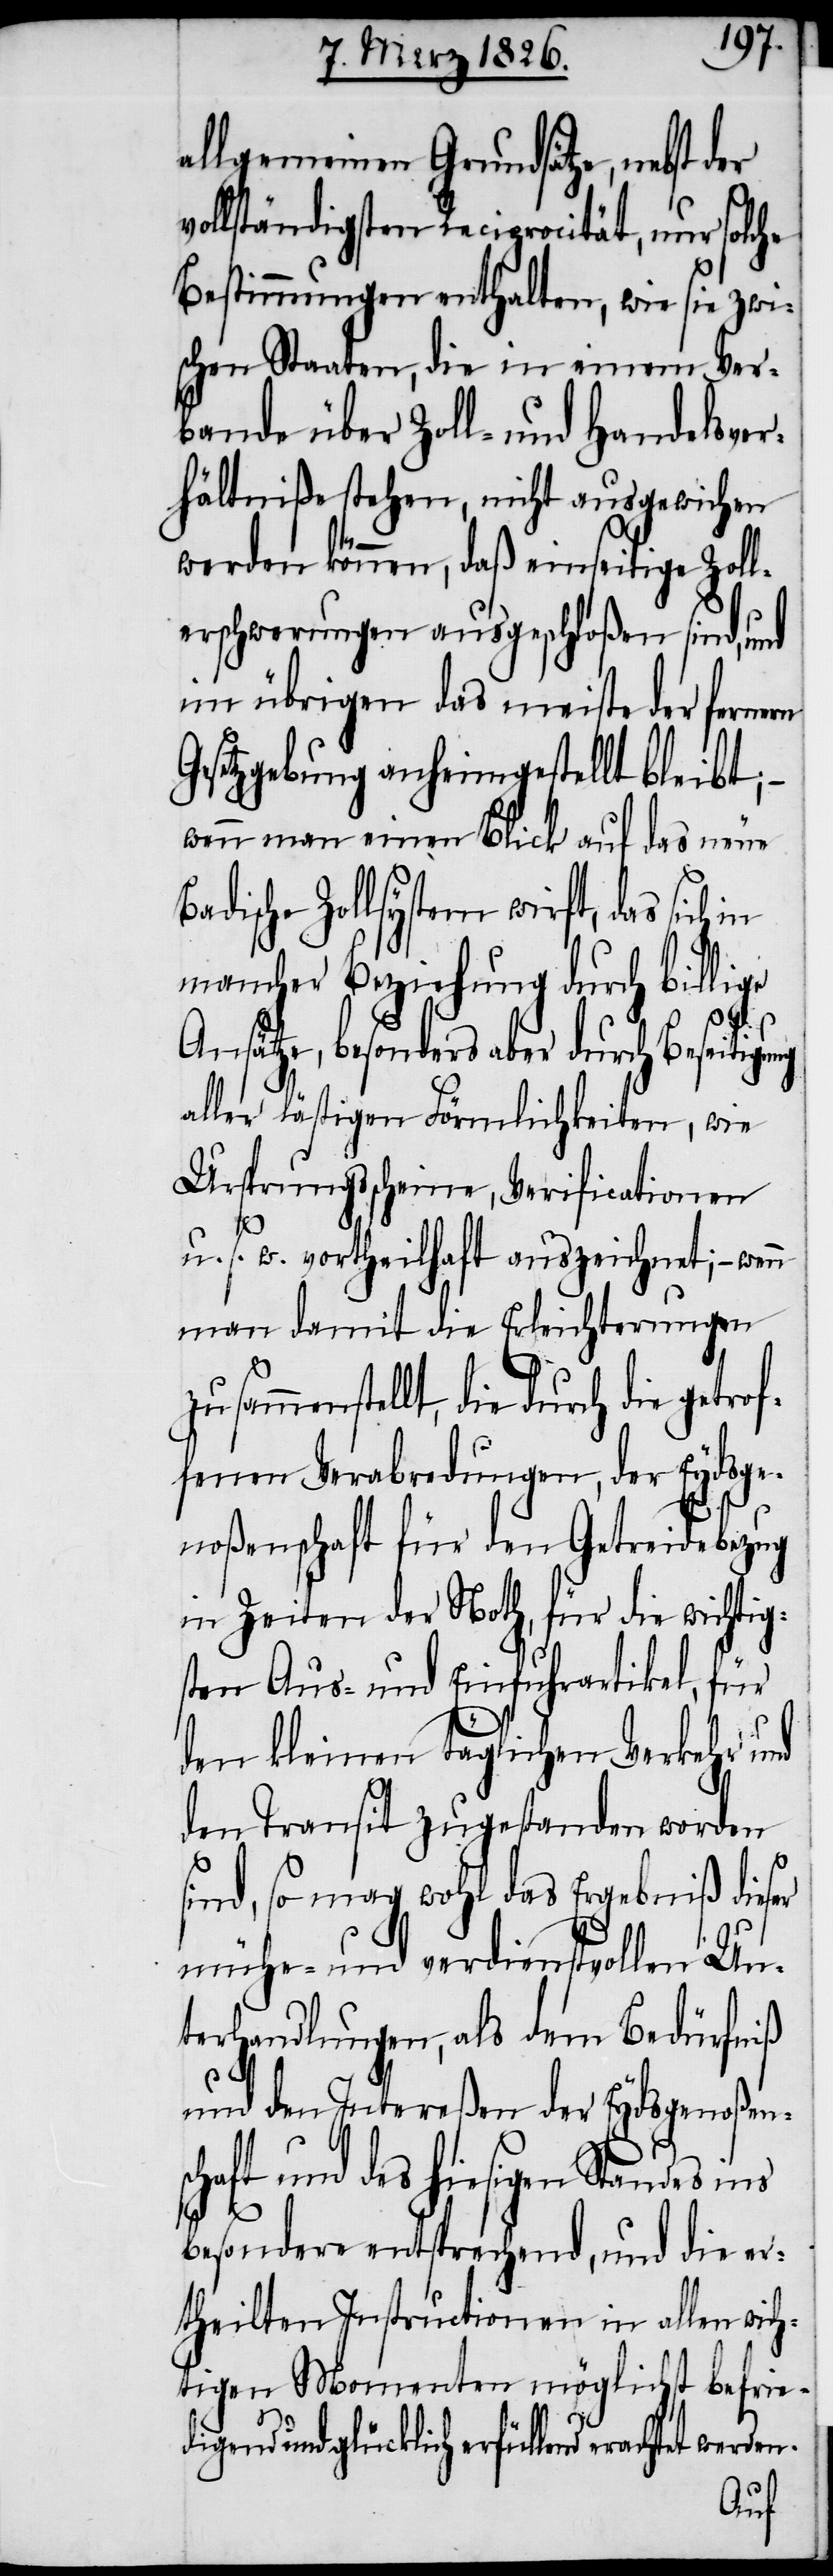
allgemeinen Grundsätze, nebst der
vollständigsten Reciprocität, nur solche
Bestimmungen enthalten, wie sie zwi¬
schen Staaten, die in einem Ver¬
bande über Zoll- und Handelsver¬
hältniße stehen, nicht ausgewichen
werden können, daß einseitige Zol¬
lerschwerungen ausgeschloßen sind, und
im übrigen das meiste der fernern
Gesetzgebung anheimgestellt bleibt;
wenn man einen Blick auf das neue
adische Zollsystem wirft, das sich
mancher Beziehung durch billige
ung
Ansätze, besonders aber durch Beseitig¬
aller lästigen Förmlichkeiten, wie
Ursprungsscheine, Verificationen
u. s. w. vortheilhaft auszeichnet; – wen¬
man damit die Erleichterungen
die durch die getrof¬
fenen Verabredungen, der Eydsge¬
noßenschaft für den Getreidebezug
in Zeiten der Noth, für die wichtig¬
sten Aus- und Einfuhrartikel, für
den kleinen täglichen Verkehr und
den Transit zugestanden worden
sind, so mag wohl das Ergebniß dieser
mühe- und verdienstvollen Un¬
terhandlungen, als dem Bedürfniß
n
und den Intereßen der Eydsgenoßens¬
chaft und des hiesigen Standes ins
besondere entsprechend, und die er¬
theilten Instructionen in allen wich¬
tigen Momenten möglichst befried¬
igend und glücklich erfüllend erachtet